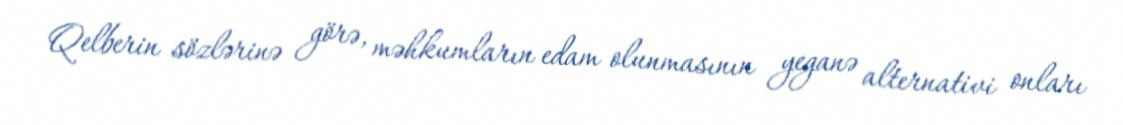
Qelberin sözlərinə görə, məhkumların edam olunmasının yeganə alternativi onları